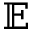
\mathbb E